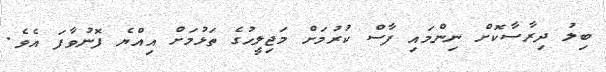
ބިލު ދިރާސާކޮށް ނިންމައި ފާސް ކުރުމަށް މަޖިލީހުގެ ތަޅުމަށް އިއްޔެ ފޮނުވާފަ އެވެ.